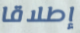
إطلاقا